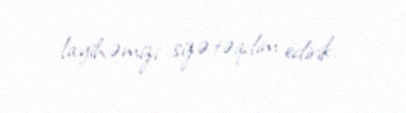
layihəmizi sizə təqdim edirik.